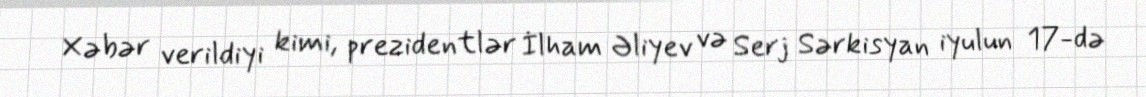
Xəbər verildiyi kimi, prezidentlər İlham Əliyev və Serj Sərkisyan iyulun 17-də